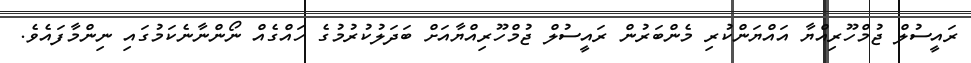
ރައީސުލް ޖުމްހޫރިއްޔާ އައްޔަންކުރި މެންބަރުން ރައީސުލް ޖުމްހޫރިއްޔާއަށް ބަދަލުކުރުމުގެ ހައްގެއް ނޯންނާނެކަމުގައި ނިންމާފައެވެ.